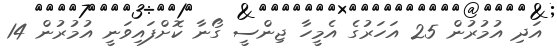
އަދި އުމުރުން 25 އަހަރުގެ އެމީހާ ޖިންސީ ގޯނާ ކޮށްފައިވަނީ އުމުރުން 14